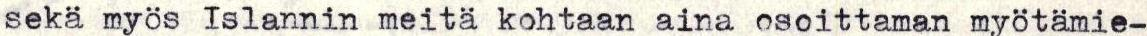
sekä myös Islannin meitä kohtaan aina osoittaman myötämie-